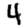
Digit: 4